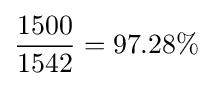
{\frac {1500}{1542}}=97.28\%